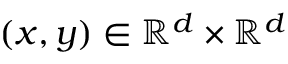
( x , y ) \in \mathbb { R } ^ { d } \times \mathbb { R } ^ { d }